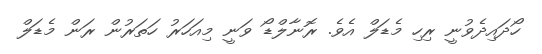
ހޯދައިދެވުނީ ރިހި މެޑަލް އެވެ. ރޮނާލްޑޯ ވަނީ މިއަހަރު ހަތަރުން ރަން މެޑަލް